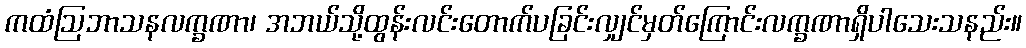
ကထံဩဘာသနလက္ခဏာ၊ အဘယ်သို့ထွန်းလင်းတောက်ပခြင်းလျှင်မှတ်ကြောင်းလက္ခဏာရှိပါသေးသနည်း။